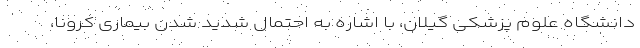
دانشگاه علوم پزشکی گیلان، با اشاره به احتمال شدید شدن بیماری کرونا،